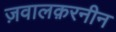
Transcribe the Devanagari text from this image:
ज़वालक़रनीन